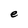
Character: e